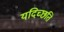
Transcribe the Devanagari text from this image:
यदिच्छति